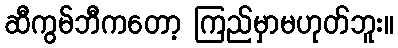
ဆီကွမ်ဘီကတော့ ကြည်မှာမဟုတ်ဘူး။